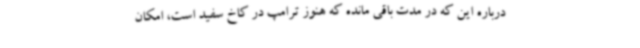
درباره این که در مدت باقی مانده که هنوز ترامپ در کاخ سفید است، امکان